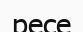
ресе